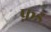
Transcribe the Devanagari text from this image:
फ़ड